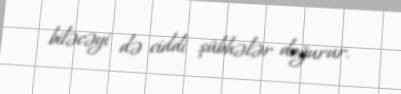
biləcəyi də ciddi şübhələr doğurur.